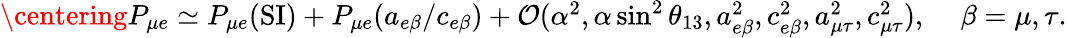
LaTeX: \begin{array}{r}{\centering P_{\mu e}\simeq P_{\mu e}(\mathrm{SI})+P_{\mu e}(a_{e\beta}/c_{e\beta})+\mathcal{O}(\alpha^{2},\alpha\sin^{2}\theta_{13},a_{e\beta}^{2},c_{e\beta}^{2},a_{\mu\tau}^{2},c_{\mu\tau}^{2}),\, \, \, \, \, \, \, \beta=\mu,\tau.}\end{array}